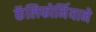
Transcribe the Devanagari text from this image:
कॅलिफोर्नियाने